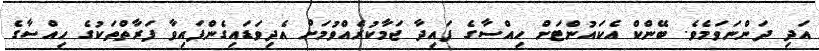
އަދި ދަންނަވަމެވެ. ބޭންކް އެކައުންޓަށް ހިއްސާގެ ފައިދާ ޖަމާކުރެއްވުމަށް އެދިވަޑައިގެންފައިވާ ފަރާތްތަކުގެ ހިއްސާގެ